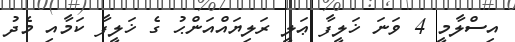
އިސްލާމީ 4 ވަނަ ޚަލީފާ ޢަލީ ރަލިޔައްއަންޙު ގެ ޚަލީފާ ކަމާއި މެދު